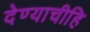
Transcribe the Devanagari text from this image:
देण्याचीहि